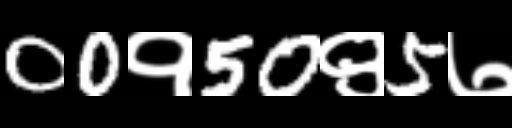
Text: 00१50९5७